Civil Veterinary Department Bihar & Orissa reports 1922-29 - 1922-1929
Year: 1922
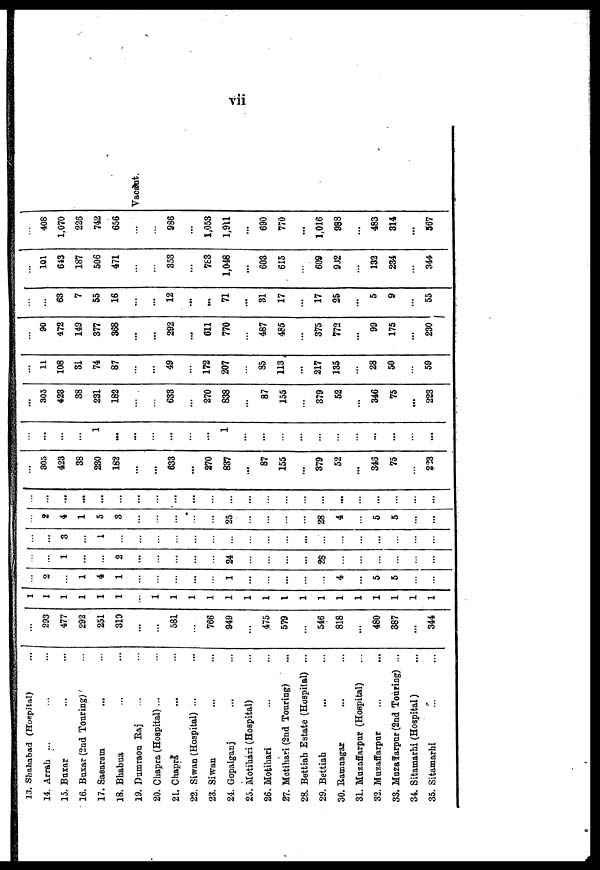
vii
13. Shahabad (Hospital) ...
14. Arrah ... ... ...
15. Buxar ... ...
16. Buxar (2nd Touring) ...
17. Sasaram ... ...
18. Bhabua ... ...
19. Dumraon Raj ... ...
20. Chapra (Hospital) ... ...
21. Chapra ... ...
22. Siwan (Hospital) ... ...
23. Siwan ... ...
24. Gopalganj ... ...
25. Motihari (Hospital) ...
26. Motihari ...
27. Motihari (2nd Touring) ...
28. Bettiah Estate (Hospital) ...
29. Bettiah ... ...
30. Ramnagar ... ...
31. Muzaffarpur (Hospital) ...
32. Muzaffarpur ... ...
S3. Muzaffarpur(2nd Touring) ...
34. Sitamarhi (Hospital) ...
35. Sitamarhi ... ...
...
293
477
292
251
319
...
...
581
...
766
949
...
475
579
...
546
818
...
480
387
...
344
1
1
1
1
1
1
...
1
1
1
1
1
1
1
1
1
1
1
1
1
1
1
1
...
2
...
1
4
1
...
...
...
...
...
1
...
...
...
...
...
4
...
5
5
...
...
...
...
1
...
...
2
...
...
...
...
...
24
...
...
...
...
28
...
...
...
...
...
...
...
...
3
...
1
...
...
...
...
...
...
...
...
...
...
...
...
...
...
...
...
...
...
...
2
4
1
5
3
...
...
...
...
...
25
...
...
...
...
28
4
...
5
5
...
...
...
...
...
...
...
...
...
...
...
...
...
...
...
...
...
...
...
...
...
...
...
...
...
...
305
423
38
230
182
...
...
633
...
270
837
...
87
155
...
379
52
...
346
75
...
223
...
...
...
...
1
...
...
...
...
...
...
1
...
...
...
...
...
...
...
...
...
...
...
...
305
423
38
231
182
...
...
633
...
270
838
...
87
155
...
379
52
...
346
75
...
223
...
11
108
31
74
87
...
...
49
...
172
207
...
85
113
...
217
135
...
28
50
...
59
...
90
472
149
377
368
...
...
292
...
611
770
...
487
485
...
375
772
...
99
175
...
230
...
...
63
7
55
16
...
...
12
...
...
71
...
31
17
...
17
25
...
5
9
...
55
...
101
643
187
506
471
...
...
353
...
783
1,048
...
603
615
...
609
932
...
132
234
...
344
...
408
1,070
226
742
656
...
...
986
...
1,053
1,911
...
690
770
...
1,016
988
...
483
314
...
567
Vacant.